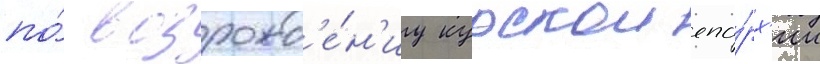
по́ возрожд'е́н'иу курскои епа́рх'ии